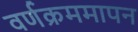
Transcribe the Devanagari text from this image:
वर्णक्रममापन